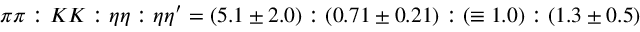
\pi \pi : K K : \eta \eta : \eta \eta ^ { \prime } = ( 5 . 1 \pm 2 . 0 ) : ( 0 . 7 1 \pm 0 . 2 1 ) : ( \equiv 1 . 0 ) : ( 1 . 3 \pm 0 . 5 )